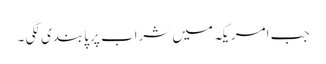
جب امریکہ میں شراب پر پابندی لگی ۔